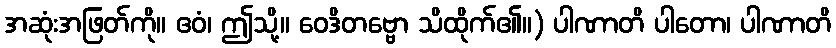
အဆုံးအဖြတ်ကို။ ဧဝံ၊ ဤသို့။ ဝေဒိတဗ္ဗော သိထိုက်၏။) ပါဏာတိ ပါတော၊ ပါဏာတိ